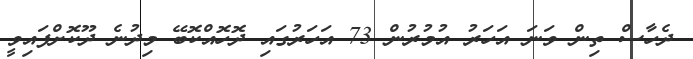
ދެހާސް ތިން ވަނަ އަހަރު އުމުރުން 73 އަހަރުގައި ދޮހޮއްކޮބޭ މިދުނެ ދޫކޮށްފައިވީ